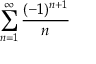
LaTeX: \sum _ { n = 1 } ^ { \infty } { \frac { ( - 1 ) ^ { n + 1 } } { n } }